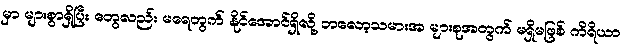
မှာ များစွာရှိပြီး တွေလည်း မရေတွက် နိုင်အောင်ရှိလို့ ဘလော့သမားအ များစုအတွက် မရှိမဖြစ် ကိရိယာ